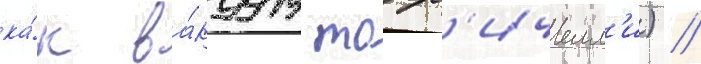
ка́к ва́куум торр'ичелл'и) //